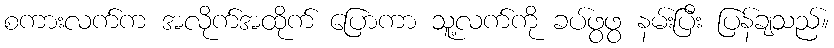
စကားလက်က အလိုက်အထိုက် ပြောကာ သူ့လက်ကို ခပ်ဖွဖွ နမ်းပြီး ပြန်ချသည်။